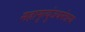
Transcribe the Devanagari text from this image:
महामृत्युंजयमंत्रस्य